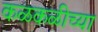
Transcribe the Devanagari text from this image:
कळकळीच्या